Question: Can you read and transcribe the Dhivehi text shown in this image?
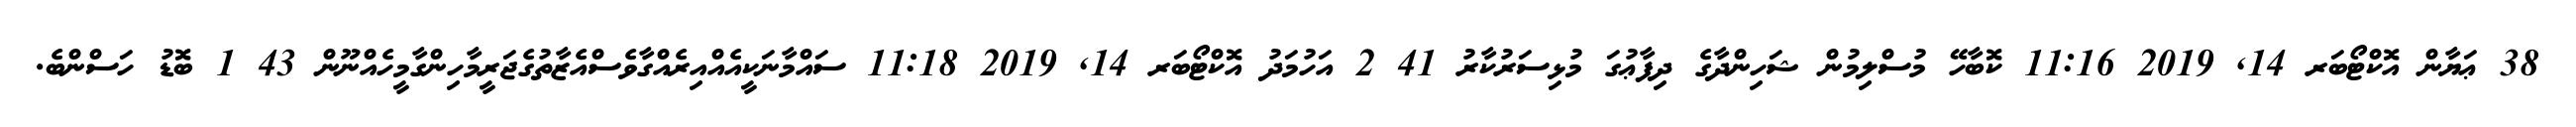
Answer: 38 ޢަޔާން އޮކްޓޯބަރ 14, 2019 11:16 ކޮބާހޭ މުސްލިމުން ޝަހިންދާގެ ދިފާޢުގަ މުޅިސަރުކާރު 41 2 އަހުމަދު އޮކްޓޯބަރ 14, 2019 11:18 ސައްމާނަކީއެއްއިރެއްގާވެސްއެޒާތުގެޖަރީމާހިންގާމީހެއްނޫން 43 1 ބޮޑު ހަސްންބެ.